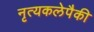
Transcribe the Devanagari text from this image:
नृत्यकलेपैकी